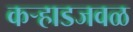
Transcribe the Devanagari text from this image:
कऱ्हाडजवळ